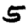
Digit: 5